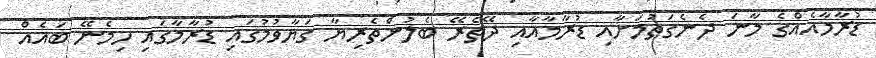
ޑުރާމާއެއްގެ މާނަ ދެނެގަތުމަށާއި ޑުރާމާއާއި ދޭތެރޭ ބެލުންތެރިޔާ ގަޔާވުމުގައި ޑުރާމާގައި ހިމެނޭ ބައެއް